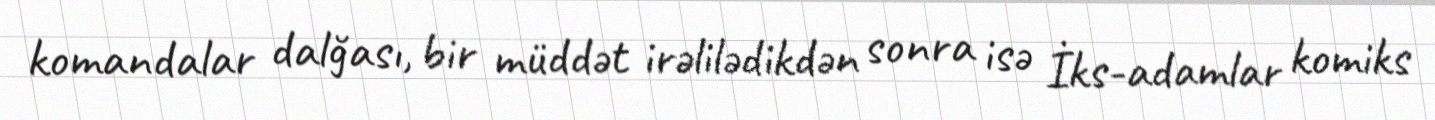
komandalar dalğası, bir müddət irəlilədikdən sonra isə İks-adamlar komiks